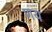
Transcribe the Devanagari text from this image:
णय